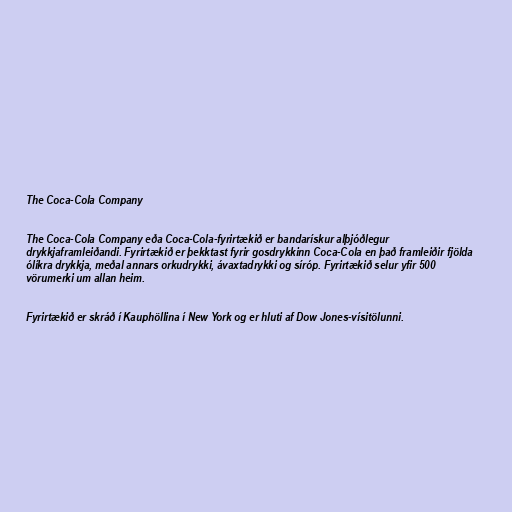
The Coca-Cola Company

The Coca-Cola Company eða Coca-Cola-fyrirtækið er bandarískur alþjóðlegur
drykkjaframleiðandi. Fyrirtækið er þekktast fyrir gosdrykkinn Coca-Cola en það framleiðir fjölda
ólíkra drykkja, meðal annars orkudrykki, ávaxtadrykki og síróp. Fyrirtækið selur yfir 500
vörumerki um allan heim.

Fyrirtækið er skráð í Kauphöllina í New York og er hluti af Dow Jones-vísitölunni.